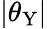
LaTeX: |\theta_{\mathrm{Y}}|